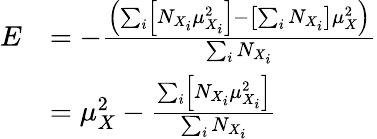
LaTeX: {\begin{array}{rl}{E}&{=-{\frac{\left(\sum_{i}\left[N_{X_{i}}\mu_{X_{i}}^{2}\right]-\left[\sum_{i}N_{X_{i}}\right]\mu_{X}^{2}\right)}{\sum_{i}N_{X_{i}}}}}\\ &{=\mu_{X}^{2}-{\frac{\sum_{i}\left[N_{X_{i}}\mu_{X_{i}}^{2}\right]}{\sum_{i}N_{X_{i}}}}}\end{array}}